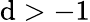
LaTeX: \mathrm{d}>-1